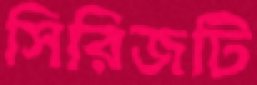
সিরিজটি